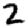
Digit: 2